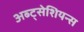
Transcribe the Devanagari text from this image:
अब्ट्सेशियन्स